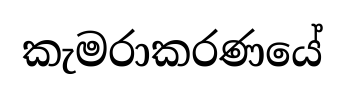
කැමරාකරණයේ